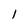
Character: l